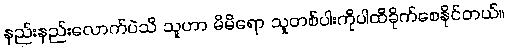
နည်းနည်းလောက်ပဲသိ သူဟာ မိမိရော သူတစ်ပါးကိုပါထိခိုက်စေနိုင်တယ်။